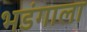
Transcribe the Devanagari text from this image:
भडंगाला